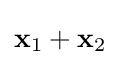
\mathbf {x} _{1}+\mathbf {x} _{2}